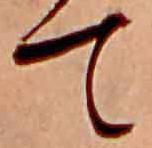
て